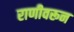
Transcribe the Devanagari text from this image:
राणीवरून